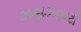
ઝણઝણાટી